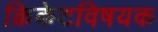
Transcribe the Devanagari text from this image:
क्रिकेटविषयक